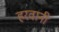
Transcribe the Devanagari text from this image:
हरवानी